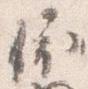
依